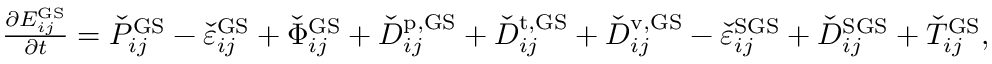
\begin{array} { r } { \frac { \partial E _ { i j } ^ { \mathrm { G S } } } { \partial t } = \check { P } _ { i j } ^ { \mathrm { G S } } - \check { \varepsilon } _ { i j } ^ { \mathrm { G S } } + \check { \Phi } _ { i j } ^ { \mathrm { G S } } + \check { D } _ { i j } ^ { \mathrm { p , G S } } + \check { D } _ { i j } ^ { \mathrm { t , G S } } + \check { D } _ { i j } ^ { \mathrm { v , G S } } - \check { \varepsilon } _ { i j } ^ { \mathrm { S G S } } + \check { D } _ { i j } ^ { \mathrm { S G S } } + \check { T } _ { i j } ^ { \mathrm { G S } } , } \end{array}